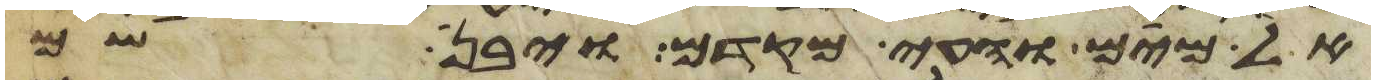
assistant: אל מים והעי מקדם ויבן שם